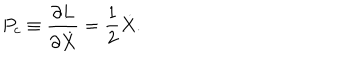
P _ { c } \equiv \frac { \partial L } { \partial \dot { X } } = \frac { 1 } { 2 } \dot { X } .